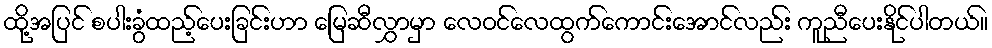
ထို့အပြင် စပါးခွံထည့်ပေးခြင်းဟာ မြေဆီလွှာမှာ လေဝင်လေထွက်ကောင်းအောင်လည်း ကူညီပေးနိုင်ပါတယ်။